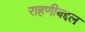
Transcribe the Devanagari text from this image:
राहणीबद्दल